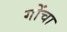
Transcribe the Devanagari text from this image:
गोंचा